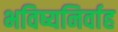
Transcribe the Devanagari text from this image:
भविष्यनिर्वाह